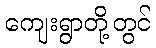
ကျေးရွာတို့တွင်